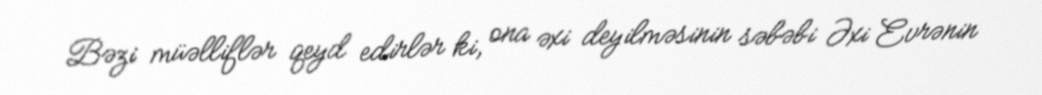
Bəzi müəlliflər qeyd edirlər ki, ona əxi deyilməsinin səbəbi Əxi Evrənin